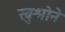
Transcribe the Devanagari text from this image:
खुश्रोने